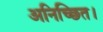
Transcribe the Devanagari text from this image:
अनिच्छित।